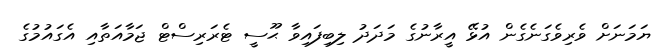
ޔަމަނަށް ވެރިވެގަނެގެން އުޅޭ އީރާނުގެ މަދަދު ލިބިފައިވާ ޙޫސީ ޓެރަރިސްޓް ޖަމާއަތާއި އެގައުމުގެ